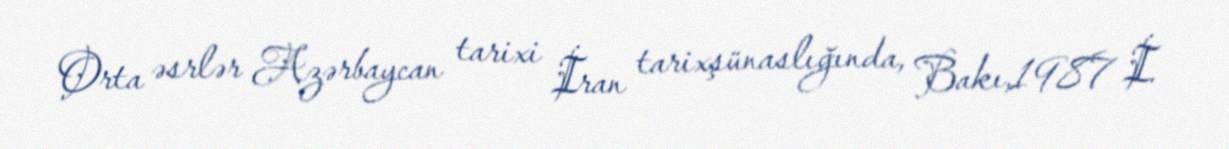
Orta əsrlər Azərbaycan tarixi İran tarixşünaslığında, Bakı,1987 İ.